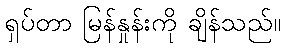
ရှပ်တာ မြန်နှုန်းကို ချိန်သည်။